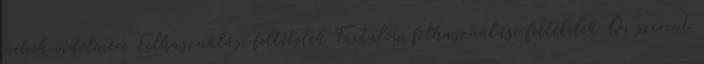
méhek védelmére Felhasználási feltételek Tartalom felhasználási feltételek Ön szerint